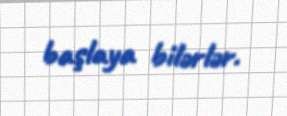
başlaya bilərlər.